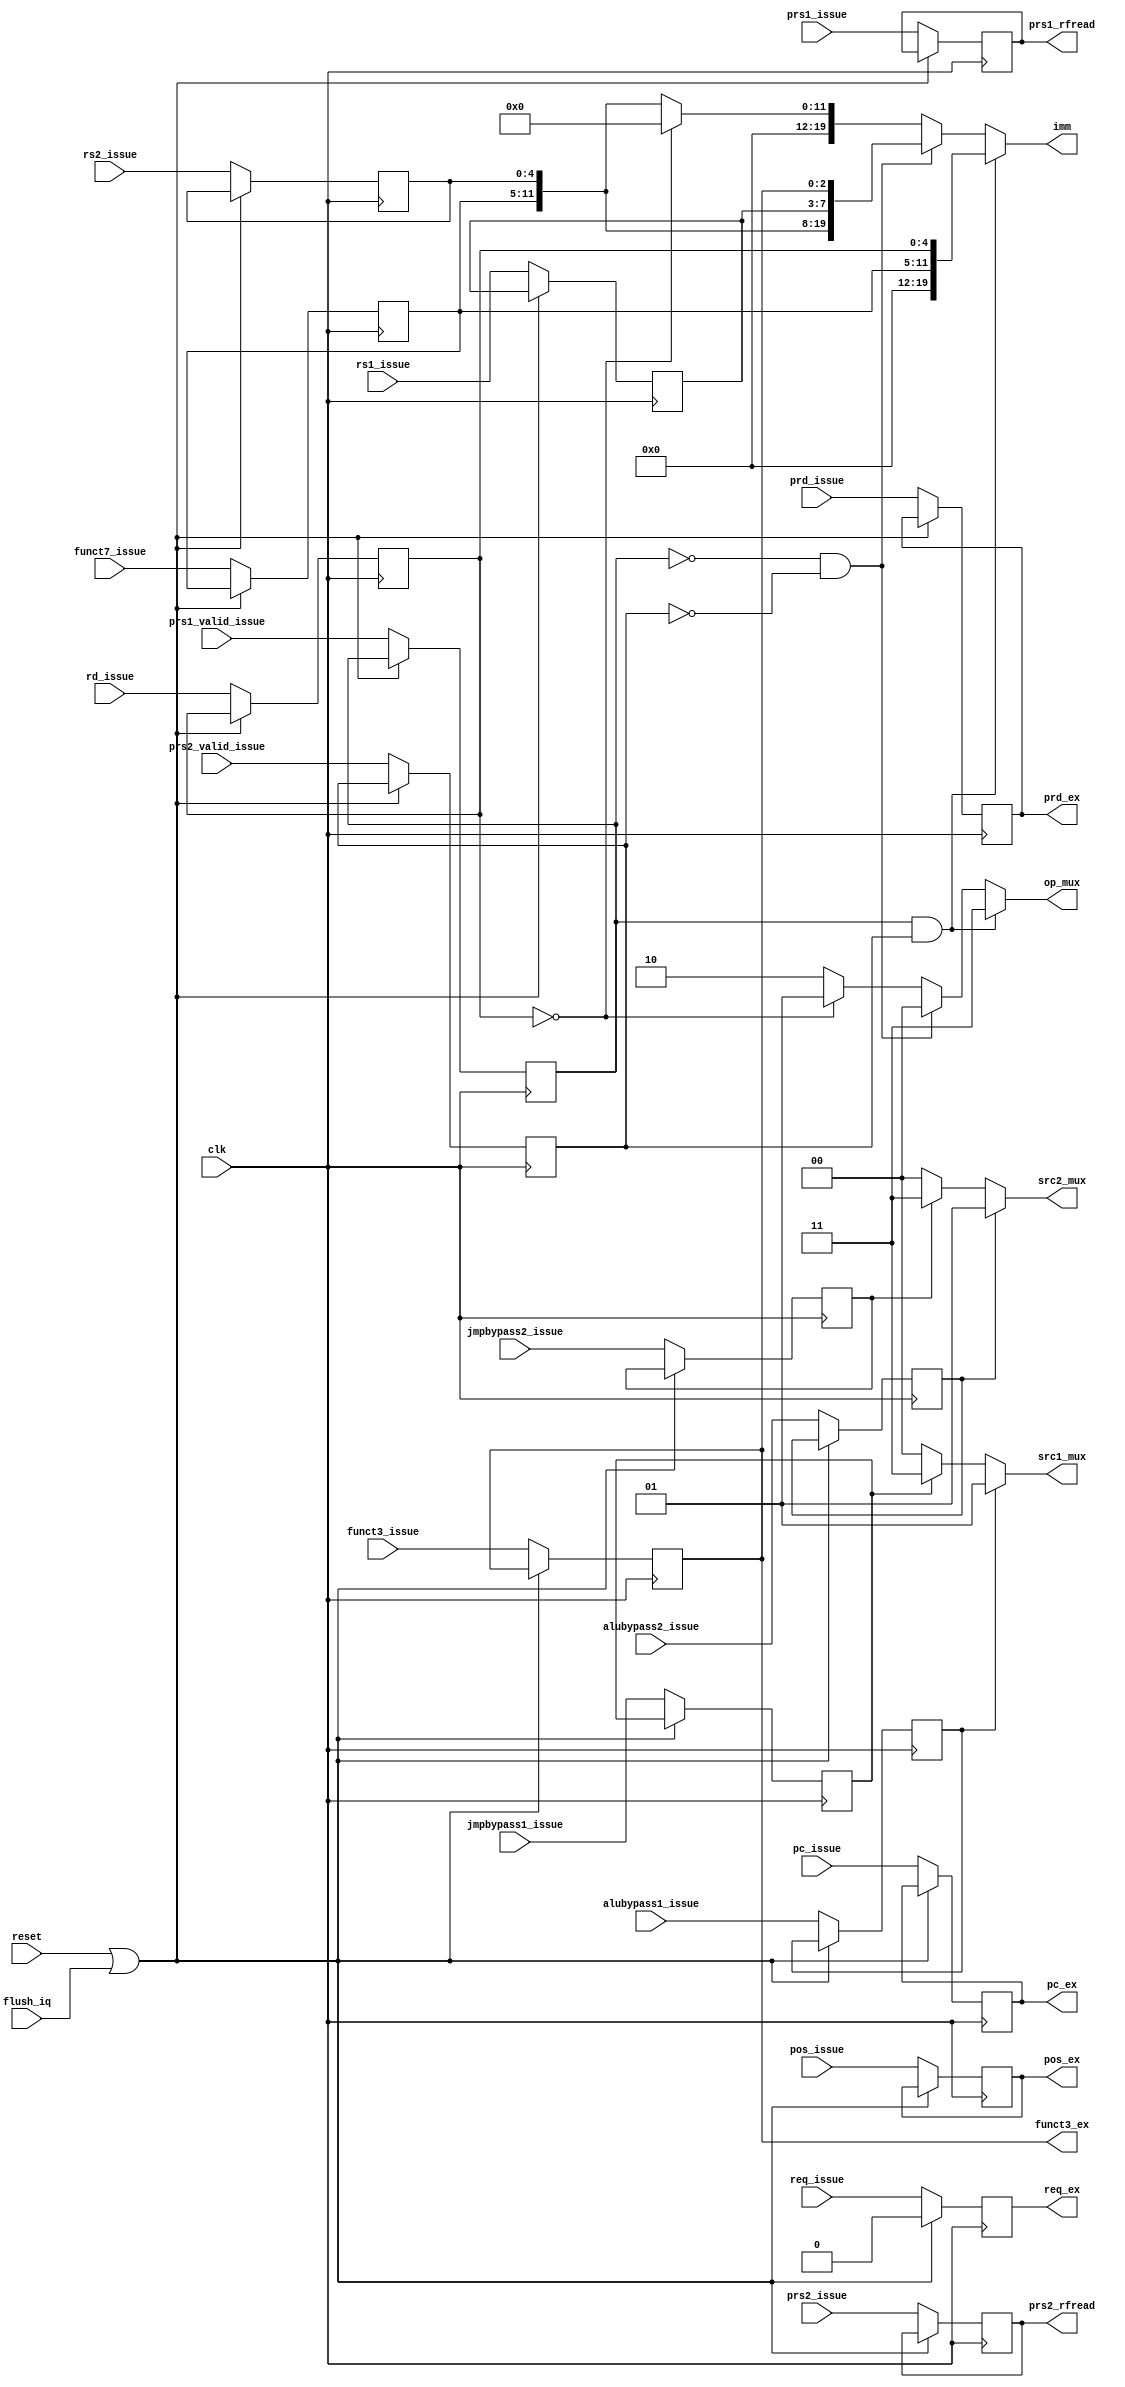
module stage_rfread_jmp (
    input clk,
    input reset,
    input flush_iq,
    
    input req_issue,
    input [5:0] pos_issue,
    input [5:0] prd_issue,
    input [5:0] prs1_issue,
    input prs1_valid_issue,
    input [5:0] prs2_issue,
    input prs2_valid_issue,
    input [2:0] funct3_issue,
    input [6:0] funct7_issue,
    input [4:0] rs1_issue,
    input [4:0] rs2_issue,
    input [4:0] rd_issue,
    input [31:0] pc_issue,
    input alubypass1_issue,
    input alubypass2_issue,
    input jmpbypass1_issue,
    input jmpbypass2_issue,

    output reg req_ex,
    output reg [5:0] pos_ex,
    output reg [5:0] prd_ex,
    output reg [2:0] funct3_ex,
    output reg [1:0] src1_mux,  // 00:prs, 01:alubypass, 11:jmpbypass
    output reg [1:0] src2_mux,
    output reg [19:0] imm,
    output reg [31:0] pc_ex,
    output reg [1:0] op_mux,  // 00:jal; 01:jr; 10:jalr; 11:branch

    // rf
    output reg [5:0] prs1_rfread,
    output reg [5:0] prs2_rfread
);

reg req_rfread;
reg [5:0] pos_rfread;
reg [5:0] prd_rfread;
//reg [5:0] prs1_rfread;
reg prs1_valid_rfread;
//reg [5:0] prs2_rfread;
reg prs2_valid_rfread;
reg [2:0] funct3_rfread;
reg [6:0] funct7_rfread;
reg [4:0] rs1_rfread;
reg [4:0] rs2_rfread;
reg [4:0] rd_rfread;
reg [31:0] pc_rfread;
reg alubypass1_rfread;
reg alubypass2_rfread;
reg jmpbypass1_rfread;
reg jmpbypass2_rfread;

always @(posedge clk) begin
    if (reset | flush_iq) begin
        req_rfread <= 1'b0;
    end else begin
        req_rfread <= req_issue;
        pos_rfread <= pos_issue;
        prd_rfread <= prd_issue;
        prs1_rfread <= prs1_issue;
        prs1_valid_rfread <= prs1_valid_issue;
        prs2_rfread <= prs2_issue;
        prs2_valid_rfread <= prs2_valid_issue;
        funct3_rfread <= funct3_issue;
        funct7_rfread <= funct7_issue;
        rs1_rfread <= rs1_issue;
        rs2_rfread <= rs2_issue;
        rd_rfread <= rd_issue;
        pc_rfread <= pc_issue;
        alubypass1_rfread <= alubypass1_issue;
        alubypass2_rfread <= alubypass2_issue;
        jmpbypass1_rfread <= jmpbypass1_issue;
        jmpbypass2_rfread <= jmpbypass2_issue;
    end    
end

always @(*) begin
    req_ex <= req_rfread;
    pos_ex <= pos_rfread;
    prd_ex <= prd_rfread;
    funct3_ex <= funct3_rfread;
    pc_ex <= pc_rfread;
    src1_mux <= (alubypass1_rfread)?2'b01:(jmpbypass1_rfread)?2'b11:2'b0;
    src2_mux <= (alubypass2_rfread)?2'b01:(jmpbypass2_rfread)?2'b11:2'b0;
    if (prs1_valid_rfread && prs2_valid_rfread) begin     
        imm <= {8'b0,funct7_rfread,rd_rfread};
        op_mux <= 2'b11;
    end else if (!prs1_valid_rfread && !prs2_valid_rfread) begin
        imm <= {funct7_rfread,rs2_rfread,rs1_rfread,funct3_rfread};
        op_mux <= 2'b00;
    end else begin
        if (rd_rfread == 5'b0) begin
            imm <= 20'b0;
            op_mux <= 2'b01;
        end else begin
            imm <= {8'b0,funct7_rfread,rs2_rfread};
            op_mux <= 2'b10;
        end
    end
end
            
    
endmodule